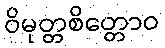
ဝိမုတ္တစိတ္တောဝ